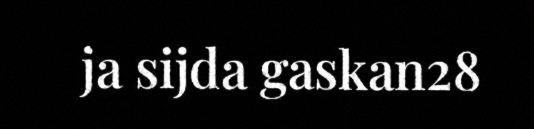
ja sijda gaskan28